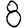
Digit: 8